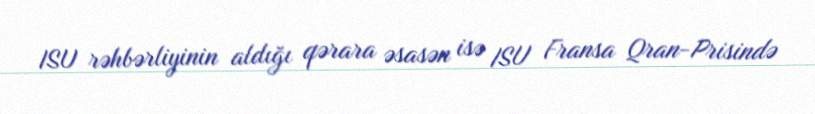
ISU rəhbərliyinin aldığı qərara əsasən isə ISU Fransa Qran-Prisində